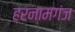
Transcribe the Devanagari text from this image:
हरनामगंज